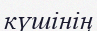
күшінің